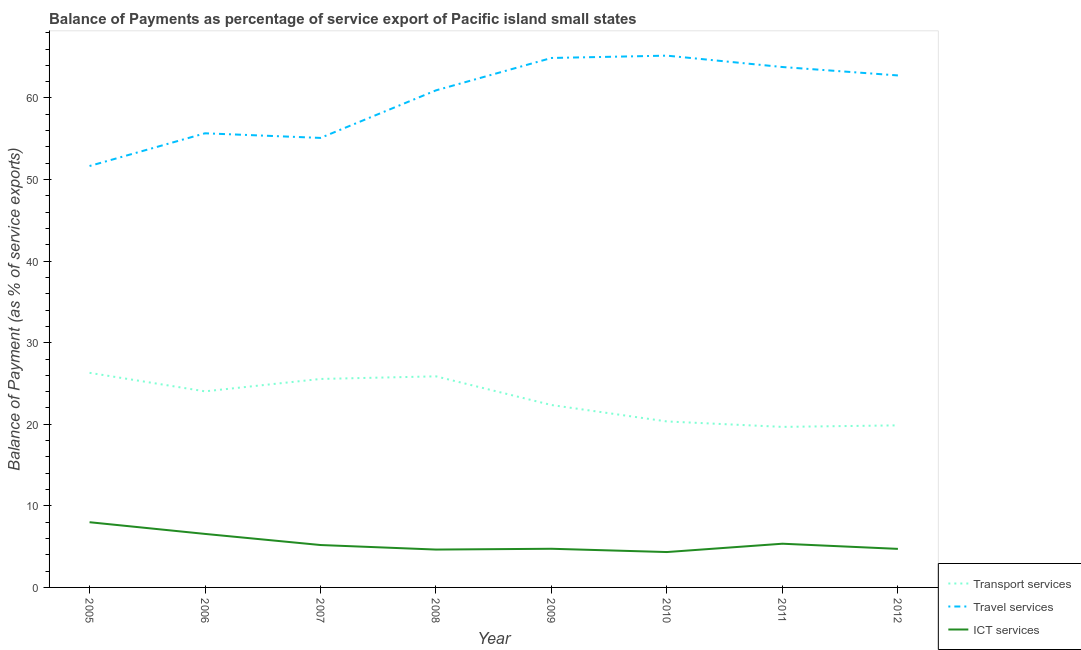
| Year | Transport services | Travel services | ICT services |
 | --- | --- | --- | --- |
 | 2005 | 26.3 | 51.7 | 7.99 |
 | 2006 | 24 | 55.7 | 6.56 |
 | 2007 | 25.6 | 55.1 | 5.2 |
 | 2008 | 25.9 | 60.9 | 4.64 |
 | 2009 | 22.4 | 64.9 | 4.74 |
 | 2010 | 20.3 | 65.2 | 4.34 |
 | 2011 | 19.7 | 63.8 | 5.36 |
 | 2012 | 19.9 | 62.8 | 4.73 |